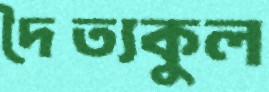
দৈত্যকুল